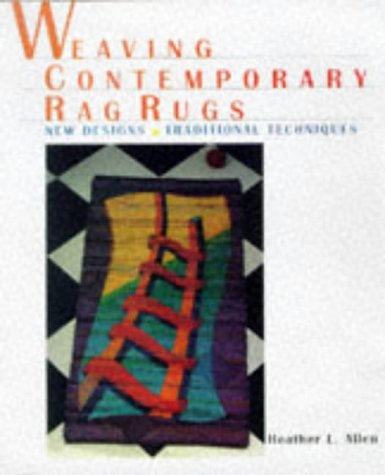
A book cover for Weaving Contemporary Rag Rugs: New Designs, Traditional Techniques; Heather Allen; Crafts, Hobbies & Home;